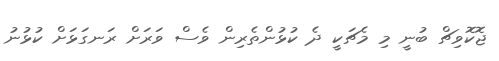
ޖޮކޮވިޗް ބުނީ މި މެޗަކީ ދެ ކުޅުންތެރިން ވެސް ވަރަށް ރަނގަޅަށް ކުޅުނު